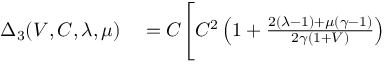
\begin{array} { r l } { \Delta _ { 3 } ( V , C , \lambda , \mu ) } & { { } = C \Bigg [ C ^ { 2 } \left( 1 + \frac { 2 ( \lambda - 1 ) + \mu ( \gamma - 1 ) } { 2 \gamma ( 1 + V ) } \right) } \end{array}